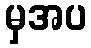
မှအပ